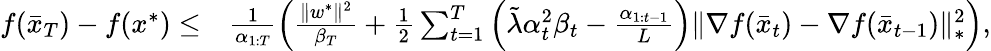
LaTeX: \begin{array}{rl}{f(\bar{x}_{T})-f(x^{*})\leq}&{\frac{1}{\alpha_{1:T}}\left(\frac{\| w^{*}\| ^{2}}{\beta_{T}}+\frac{1}{2}\sum_{t=1}^{T}\left(\tilde{\lambda}\alpha_{t}^{2}\beta_{t}-\frac{\alpha_{1:t-1}}{L}\right)\| \nabla f(\bar{x}_{t})-\nabla f(\bar{x}_{t-1})\| _{*}^{2}\right),}\end{array}